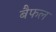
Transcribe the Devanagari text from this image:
बैफल